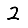
Digit: 2